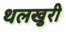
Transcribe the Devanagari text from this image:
थलखुरी